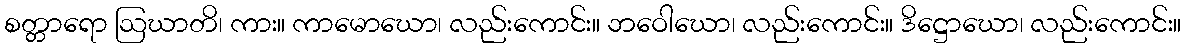
စတ္တာရော ဩဃာတိ၊ ကား။ ကာမောဃော၊ လည်းကောင်း။ ဘဝေါဃော၊ လည်းကောင်း။ ဒိဋ္ဌောဃော၊ လည်းကောင်း။